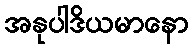
အနုပါဒိယမာနော